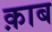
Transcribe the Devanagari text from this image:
क़ाब